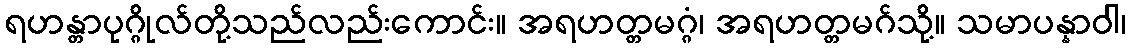
ရဟန္တာပုဂ္ဂိုလ်တို့သည်လည်းကောင်း။ အရဟတ္တမဂ္ဂံ၊ အရဟတ္တမဂ်သို့။ သမာပန္နာဝါ၊